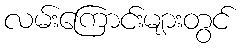
လမ်းကြောင်းများတွင်